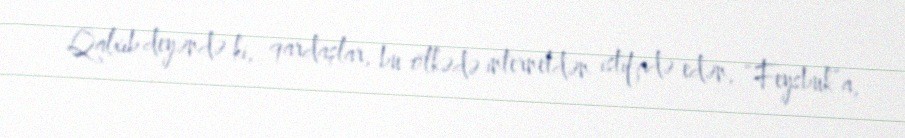
Qalxıb deyəndə ki, qardaşlar, bu ölkədə internetdən istifadə edən, “Feysbuk”a,